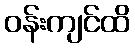
ဝန်းကျင်ထိ